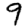
Digit: 9